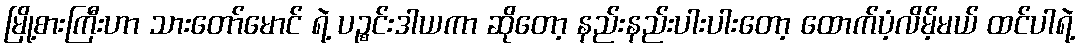
မြို့စားကြီးဟာ သားတော်မောင် ရဲ့ ပဉ္စင်းဒါယကာ ဆိုတော့ နည်းနည်းပါးပါးတော့ ထောက်ပံ့လိမ့်မယ် ထင်ပါရဲ့